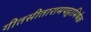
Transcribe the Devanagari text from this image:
गीतसीतारामपट्टाभिषेक